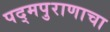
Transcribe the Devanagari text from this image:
पद्‌मपुराणाचा